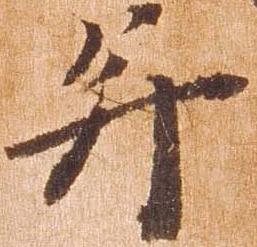
并